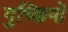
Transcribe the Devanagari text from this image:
गुच्छियों